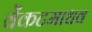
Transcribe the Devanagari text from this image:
वेंकटमाधव